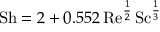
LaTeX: \mathrm { S h } = 2 + 0 . 5 5 2 \, \mathrm { R e } ^ { \frac { 1 } { 2 } } \, \mathrm { S c } ^ { \frac { 1 } { 3 } }